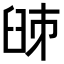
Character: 𦥥